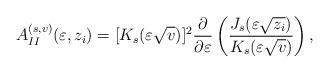
LaTeX: \begin{align*} A_{II}^{(s,v)}(\varepsilon, z_i ) = [K_s(\varepsilon \sqrt{v})]^2 \frac{\partial }{ \partial \varepsilon } \left( \frac{J_s(\varepsilon \sqrt{z_i} )}{ K_s(\varepsilon \sqrt{v}) }\right), \end{align*}